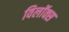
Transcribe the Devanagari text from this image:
विलॉक्स